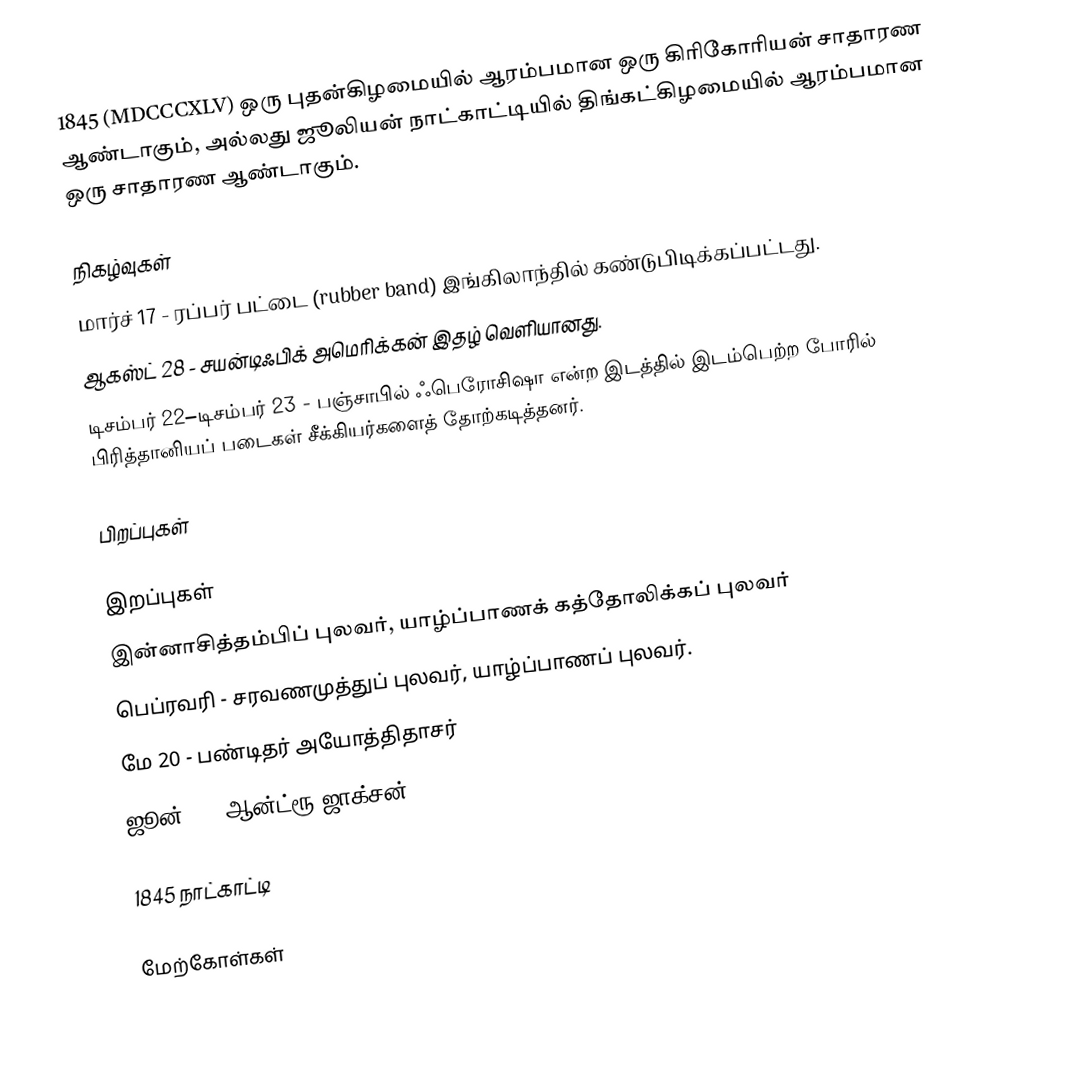
1845  (MDCCCXLV) ஒரு புதன்கிழமையில் ஆரம்பமான ஒரு கிரிகோரியன் சாதாரண ஆண்டாகும், அல்லது ஜூலியன் நாட்காட்டியில் திங்கட்கிழமையில் ஆரம்பமான ஒரு சாதாரண ஆண்டாகும்.

நிகழ்வுகள்
 மார்ச் 17 - ரப்பர் பட்டை (rubber band) இங்கிலாந்தில் கண்டுபிடிக்கப்பட்டது.
 ஆகஸ்ட் 28 - சயன்டிஃபிக் அமெரிக்கன் இதழ் வெளியானது.
 டிசம்பர் 22–டிசம்பர் 23 - பஞ்சாபில் ஃபெரோசிஷா என்ற இடத்தில் இடம்பெற்ற போரில் பிரித்தானியப் படைகள் சீக்கியர்களைத் தோற்கடித்தனர்.

பிறப்புகள்

இறப்புகள்
 இன்னாசித்தம்பிப் புலவர், யாழ்ப்பாணக் கத்தோலிக்கப் புலவர்
 பெப்ரவரி - சரவணமுத்துப் புலவர், யாழ்ப்பாணப் புலவர்.
 மே 20 - பண்டிதர் அயோத்திதாசர்
 ஜூன் 8 - ஆன்ட்ரூ ஜாக்சன்

1845 நாட்காட்டி

மேற்கோள்கள்